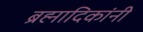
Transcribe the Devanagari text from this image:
ब्रह्मादिकांनी